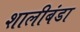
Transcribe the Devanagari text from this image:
शालीबंडा